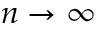
n \to \infty